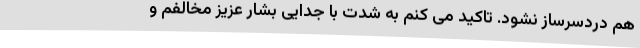
هم دردسرساز نشود. تاکید می کنم به شدت با جدایی بشار عزیز مخالفم و